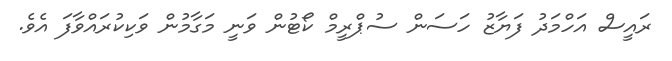
ރައީސް އަހްމަދު ފަޔާޒު ހަސަން ސުޕްރީމް ކޯޓުން ވަނީ މަގާމުން ވަކިކުރައްވާފަ އެވެ.